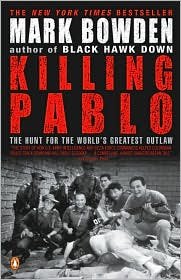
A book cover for Killing Pablo Publisher: Penguin; Mark Bowden; Biographies & Memoirs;